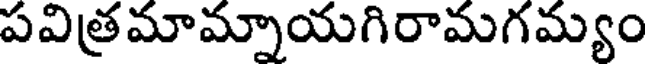
పవిత్రమామ్నాయగిరామగమ్యం